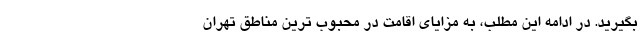
بگیرید. در ادامه این مطلب، به مزایای اقامت در محبوب ترین مناطق تهران